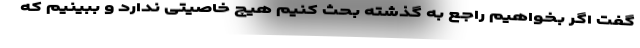
گفت اگر بخواهیم راجع به گذشته بحث کنیم هیچ خاصیتی ندارد و ببینیم که